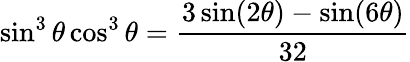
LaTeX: \sin^{3}\theta\cos^{3}\theta={\frac{3\sin(2\theta)-\sin(6\theta)}{32}}